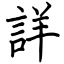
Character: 詳